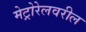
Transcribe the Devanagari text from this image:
मेट्रोरेलवरील